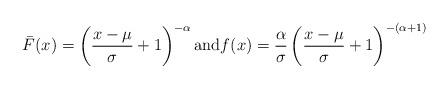
LaTeX: \begin{align*}\bar{F}(x) =\left( \dfrac{x-\mu}{\sigma}+1\right) ^{-\alpha}\textrm{and} f(x) =\dfrac{\alpha}{\sigma}\left( \dfrac{x-\mu}{\sigma}+1\right) ^{-\left( \alpha+1\right) }\end{align*}